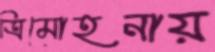
ত্রিমোহনায়